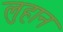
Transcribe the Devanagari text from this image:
लुहान